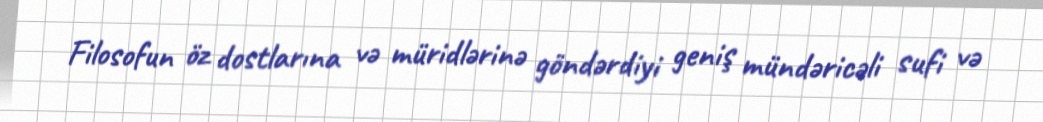
Filosofun öz dostlarına və müridlərinə göndərdiyi geniş mündəricəli sufi və